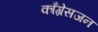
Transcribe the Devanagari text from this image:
काँग्रेसजन